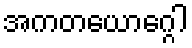
အကတယောဂ္ဂေါ